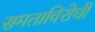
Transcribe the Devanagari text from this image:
समताविरोधी